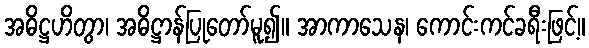
အဓိဋ္ဌဟိတွာ၊ အဓိဋ္ဌာန်ပြုတော်မူ၍။ အာကာသေန၊ ကောင်းကင်ခရီးဖြင့်။